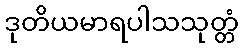
ဒုတိယမာရပါသသုတ္တံ